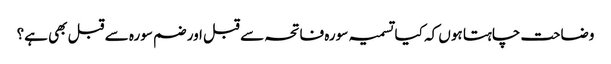
وضاحت چاہتا ہوں کہ کیا تسمیہ سورہ فاتحہ سے قبل اور ضم سورہ سے قبل بھی ہے؟